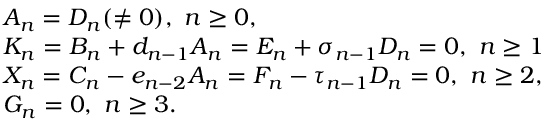
\begin{array} { r l } & { A _ { n } = D _ { n } ( \neq 0 ) , ~ n \geq 0 , } \\ & { K _ { n } = B _ { n } + d _ { n - 1 } A _ { n } = E _ { n } + \sigma _ { n - 1 } D _ { n } = 0 , ~ n \geq 1 } \\ & { X _ { n } = C _ { n } - e _ { n - 2 } A _ { n } = F _ { n } - \tau _ { n - 1 } D _ { n } = 0 , ~ n \geq 2 , } \\ & { G _ { n } = 0 , ~ n \geq 3 . } \end{array}